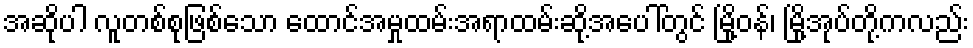
အဆိုပါ လူတစ်စုဖြစ်သော ထောင်အမှုထမ်းအရာထမ်းဆို့အပေါ်တွင် မြို့ဝန်၊ မြို့အုပ်တို့ကလည်း